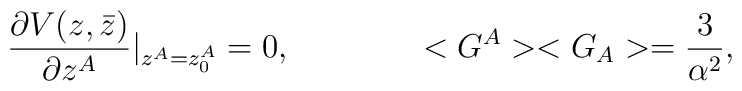
\frac{\partial V(z, \bar z)}{\partial z^A} \vert_{ z^A = z^A_0} = 0,\qquad\qquad <G^A><G_A> = \frac{3}{\alpha^2},